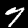
Digit: 7